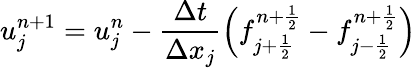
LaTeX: u_{j}^{n+1}=u_{j}^{n}-\frac{\Delta t}{\Delta x_{j}}\left(f_{j+\frac{1}{2}}^{n+\frac{1}{2}}-f_{j-\frac{1}{2}}^{n+\frac{1}{2}}\right)